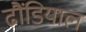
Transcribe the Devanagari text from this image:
ढौंडियाल